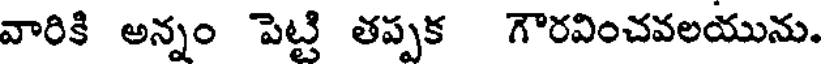
వారికి అన్నం పెట్టి తప్పక గౌరవించవలయును.